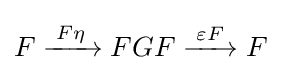
F\xrightarrow {\overset {}{\;F\eta \;}} FGF\xrightarrow {\overset {}{\;\varepsilon F\,}} F